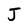
Character: J